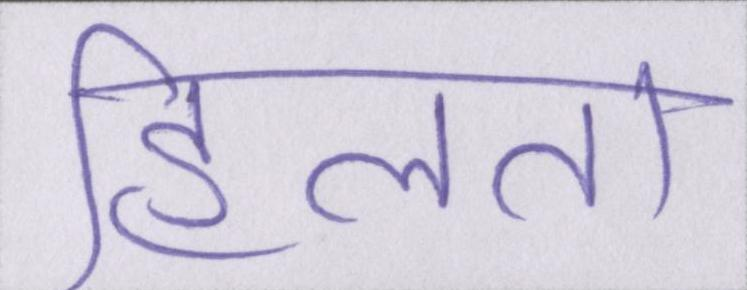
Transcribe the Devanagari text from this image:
हिलता